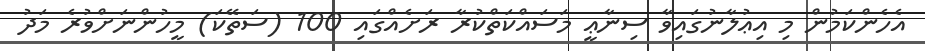
އެހެންކަމުން މި އިޢުލާނުގައިވާ ސިނާޢީ މަސައްކަތްކުރާ ރަށެއްގައި 100 (ސަތޭކަ) މީހުންނަށްވުރެ މަދު